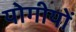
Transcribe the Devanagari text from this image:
योगीयों